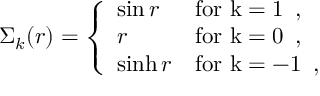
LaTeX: \Sigma _ { k } ( r ) = \left\{ \begin{array} { l l } { { \sin r } } & { { \mathrm { f o r ~ k = 1 ~ } \, , } } \\ { { r } } & { { \mathrm { f o r ~ k = 0 ~ } \, , } } \\ { { \sinh r } } & { { \mathrm { f o r ~ k = - 1 ~ } \, , } } \end{array} \right.